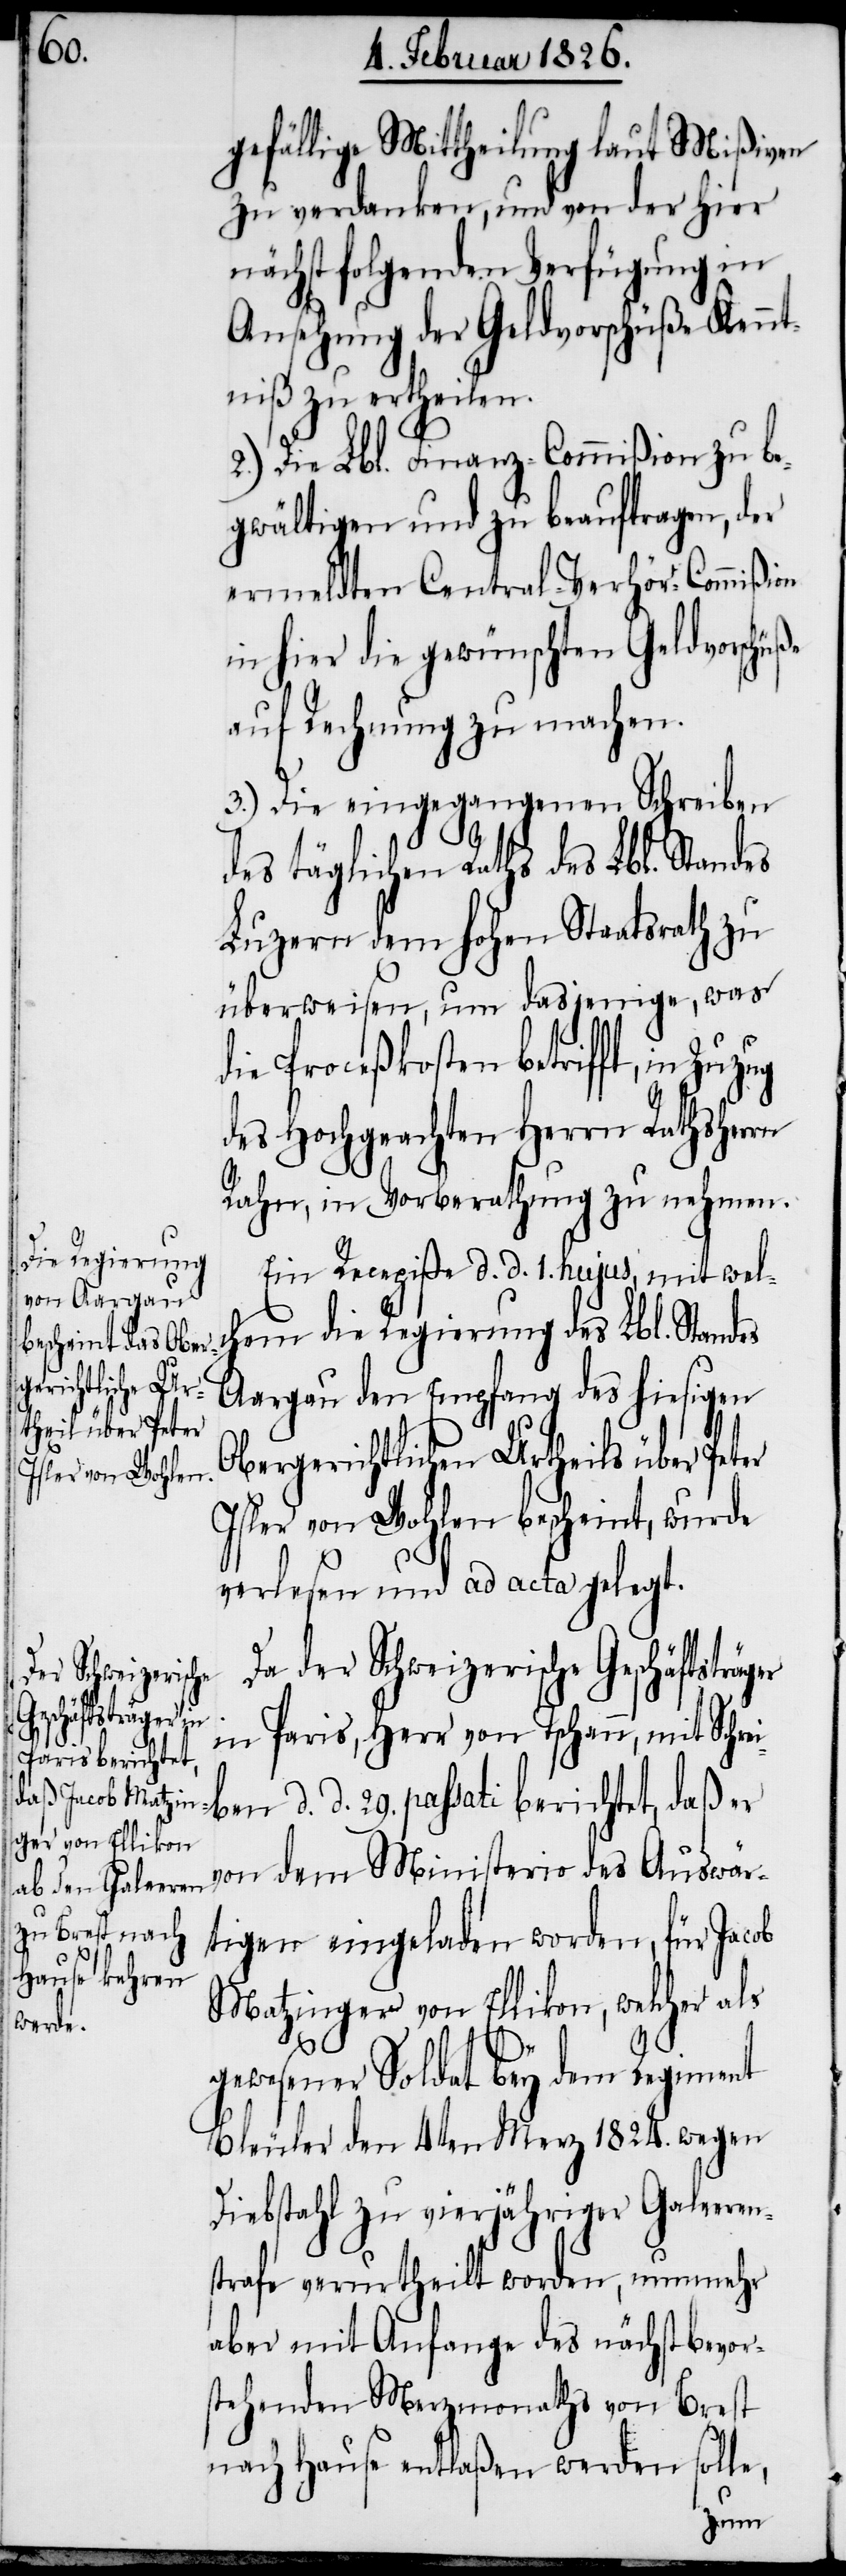
der Schweizerische
Geschäftsträger i¬

gefällige Mittheilung laut Mißiven
zu verdanken, und von der hier
nächstfolgenden Verfügung in
Ansehung der Geldvorschüße Kennt¬
niß zu ertheilen.
2.) Die Lbl. Finanz-Commißion zu be¬
gwältigen und zu beauftragen, der
ermeldten Central-Verhör-Commißion
in hier die gewünschten Geldvorschüße
auf Rechnung zu machen.
3.) Die eingegangenen Schreiben
des täglichen Raths des Lbl. Standes
Luzern dem hohen Staatsrath zu
überweisen, um dasjenige, was
die Proceßkosten betrifft, in Zuzug
des Hochgeachten Herrn Rathsherrn
Rahn, in Vorberathung zu nehmen.
Ein Recepiße d. d. 1. hujus, mit wel¬
chem die Regierung des Lbl. Standes
Aargau den Empfang des hiesigen
Obergerichtlichen Urtheils über Peter
Isler von Wohlen bescheint, wurde
verlesen und ad acta gelegt.
n Paris, Herr von Tschann, mit Schrei¬
ben d. d. 29. passati berichtet, daß er
von dem Ministerio des Auswär¬
tigen eingeladen worden, für Jacob
Matzinger von Ellikon, welcher als
gewesener Soldat bey dem Regiment
Bleuler den 4ten Merz 1824. wegen
Diebstahl zu vierjähriger Galeeren¬
strafe verurtheilt worden, nunmehr
aber mit Anfange des nächstbevor¬
stehenden Merzmonaths von Brest
nach Hause entlaßen werden solle,